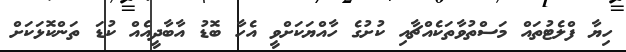
ހިޔާ ފްލެޓުތައް މަސްތުވާތަކެއްޗާއި ކުށުގެ ހާއްޔަކަށްވީ އެހާ ބޮޑު އާބާދީއެއް ކުޑަ ތަންކޮޅަކަށް